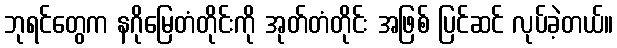
ဘုရင်တွေက နဂိုမြေတံတိုင်းကို အုတ်တံတိုင်း အဖြစ် ပြင်ဆင် လုပ်ခဲ့တယ်။